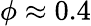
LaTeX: \phi\approx 0.4